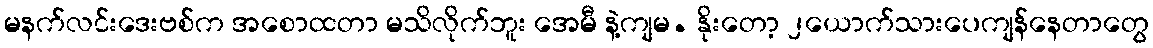
မနက်လင်းဒေးဗစ်က အစောထတာ မသိလိုက်ဘူး အေမီ နဲ့ကျမ. နိုးတော့ ၂ယောက်သားပေကျန်နေတာတွေ